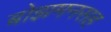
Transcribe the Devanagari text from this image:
बोझमनसह